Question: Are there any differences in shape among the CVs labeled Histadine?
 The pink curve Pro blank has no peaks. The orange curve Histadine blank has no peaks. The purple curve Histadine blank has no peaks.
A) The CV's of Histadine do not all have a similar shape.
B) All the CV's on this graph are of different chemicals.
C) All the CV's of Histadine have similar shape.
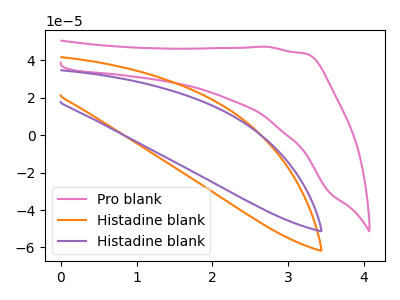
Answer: <think>Neither "Pro blank" or "Histadine blank" have any peaks. Neither "Pro blank" or "Histadine blank" have any peaks. Neither "Histadine blank" or "Histadine blank" have any peaks.
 </think>
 <answer>C) All the CV's of "Histadine" have similar shape.</answer>
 <eval>C</eval>